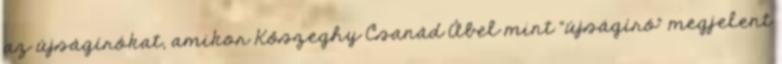
az újságírókat, amikor Kőszeghy Csanád Ábel mint “újságíró” megjelent